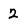
Character: 2